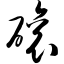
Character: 磙